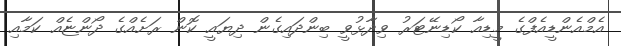
އެމްއެންޑީއެފްގެ މީޑިއާ ކޯޑިނޭޓަރު ވިދާޅުވީ ބިންދައިގެން ދިޔައީ ކޮން ރަށެއްގެ ދޯންޏެއް ކަމާއި